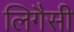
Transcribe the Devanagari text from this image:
लिगैसी